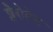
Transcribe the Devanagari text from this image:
शैरोलेट